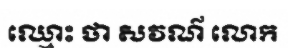
ឈ្មោះ ថា សវណ៌ លោក